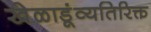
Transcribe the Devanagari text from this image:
खेळाडूंव्यतिरिक्त